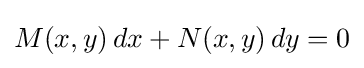
M(x,y)\,dx+N(x,y)\,dy=0